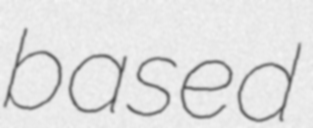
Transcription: based